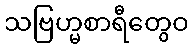
သဗြဟ္မစာရီတွေဝ